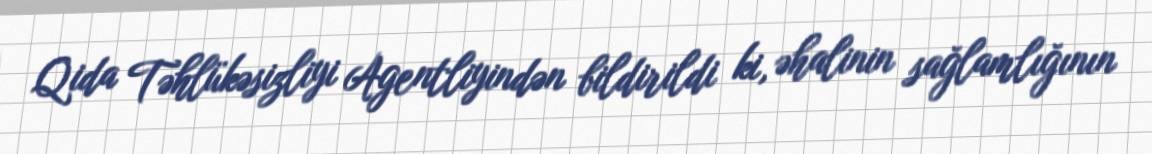
Qida Təhlükəsizliyi Agentliyindən bildirildi ki, əhalinin sağlamlığının